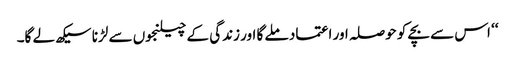
‘‘ اس سے بچے کو حوصلہ اور اعتماد ملے گا اور زندگی کے چیلنجوں سے لڑنا سیکھ لے گا۔